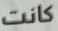
كانت